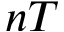
n T